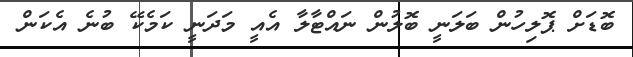
ބޮޑަށް ޕޮލިހުން ބަލަނީ ބޮލުން ނައްޓާލާ އެއީ މަދަނީ ކަމެކޭ ބުނެ އެކަން